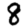
Digit: 8